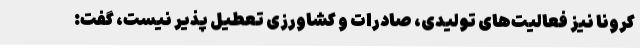
کرونا نیز فعالیت‌های تولیدی، صادرات و کشاورزی تعطیل پذیر نیست، گفت: